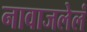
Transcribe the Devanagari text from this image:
नावाजलेलं